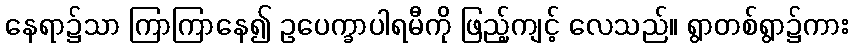
နေရာ၌သာ ကြာကြာနေ၍ ဥပေက္ခာပါရမီကို ဖြည့်ကျင့် လေသည်။ ရွာတစ်ရွာ၌ကား